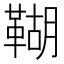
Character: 䩴